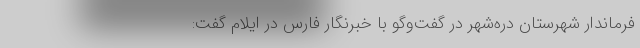
فرماندار شهرستان دره‌شهر در گفت‌و‌گو با خبرنگار فارس در ایلام گفت: